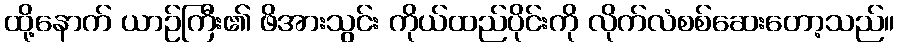
ထို့နောက် ယာဉ်ကြီး၏ ဖိအားသွင်း ကိုယ်ထည်ပိုင်းကို လိုက်လံစစ်ဆေးတော့သည်။